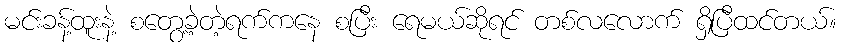
မင်းခန့်ထူးနဲ့ စတွေ့ခဲ့တဲ့ရက်ကနေ စပြီး ရေမယ်ဆိုရင် တစ်လလောက် ရှိပြီထင်တယ်။